Annual administration report of the Civil Veterinary Department of India - 1907-1908
Year: 1907
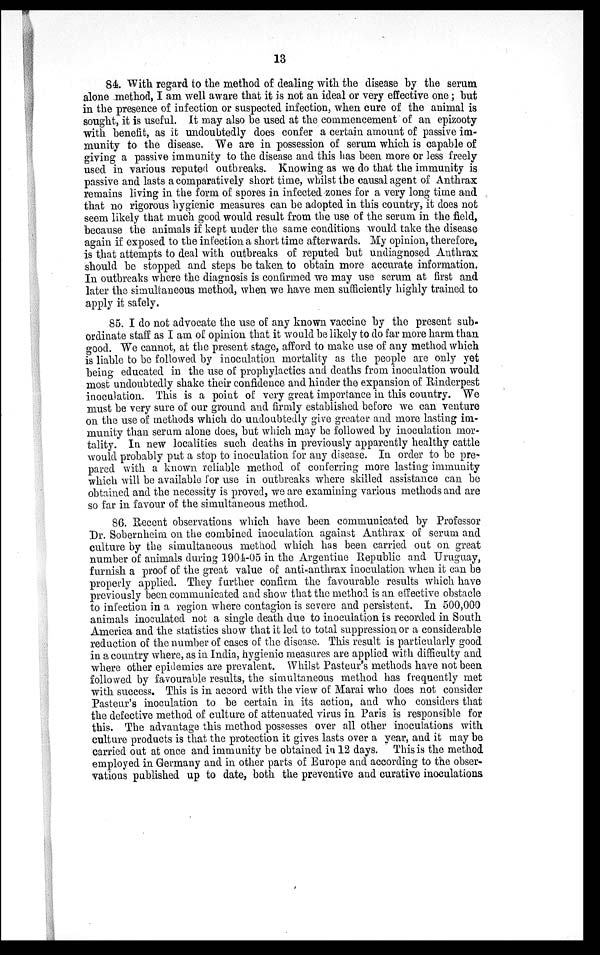
13
84. With regard to the method of dealing with the disease by the serum
alone method, I am well aware that it is not an ideal or very effective one; but
in the presence of infection or suspected infection, when cure of the animal is
sought, it is useful. It may also be used at the commencement of an epizooty
with benefit, as it undoubtedly does confer a certain amount of passive im-
munity to the disease. We are in possession of serum which is capable of
giving a passive immunity to the disease and this has been more or less freely
used in various reputed outbreaks. Knowing as we do that the immunity is
passive and lasts a comparatively short time, whilst the causal agent of Anthrax
remains living in the form of spores in infected zones for a very long time and
that no rigorous hygienic measures can be adopted in this country, it does not
seem likely that much good would result from the use of the serum in the field,
because the animals if kept under the same conditions would take the disease
again if exposed to the infection a short time afterwards. My opinion, therefore,
is that attempts to deal with outbreaks of reputed but undiagnosed Anthrax
should be stopped and steps be taken to obtain more accurate information.
In outbreaks where the diagnosis is confirmed we may use serum at first and
later the simultaneous method, when we have men sufficiently highly trained to
apply it safely.
85. I do not advocate the use of any known vaccine by the present sub-
ordinate staff as I am of opinion that it would be likely to do far more harm than
good. We cannot, at the present stage, afford to make use of any method which
is liable to be followed by inoculation mortality as the people are only yet
being educated in the use of prophylactics and deaths from inoculation would
most undoubtedly shake their confidence and hinder the expansion of Rinderpest
inoculation. This is a point of very great importance in this country. We
must be very sure of our ground and firmly established before we can venture
on the use of methods which do undoubtedly give greater and more lasting im-
munity than serum alone does, but which may be followed by inoculation mor-
tality. In new localities such deaths in previously apparently healthy cattle
would probably put a stop to inoculation for any disease. In order to be pre-
pared with a known reliable method of conferring more lasting immunity
which will be available for use in outbreaks where skilled assistance can be
obtained and the necessity is proved, we are examining various methods and are
so far in favour of the simultaneous method.
86. Recent observations which have been communicated by Professor
Dr. Sobernheim on the combined inoculation against Anthrax of serum and
culture by the simultaneous method which has been carried out on great
number of animals during 1904-05 in the Argentine Republic and Uruguay,
furnish a proof of the great value of anti-anthrax inoculation when it can be
properly applied. They further confirm the favourable results which have
previously been communicated and show that the method is an effective obstacle
to infection in a region where contagion is severe and persistent. In 500,000
animals inoculated not a single death due to inoculation is recorded in South
America and the statistics show that it led to total suppression or a considerable
reduction of the number of cases of the disease. This result is particularly good
in a country where, as in India, hygienic measures are applied with difficulty and
where other epidemics are prevalent. Whilst Pasteur's methods have not been
followed by favourable results, the simultaneous method has frequently met
with success. This is in accord with the view of Marai who does not consider
Pasteur's inoculation to be certain in its action, and who considers that
the defective method of culture of attenuated virus in Paris is responsible for
this. The advantage this method possesses over all other inoculations with
culture products is that the protection it gives lasts over a year, and it may be
carried out at once and immunity be obtained in 12 days. This is the method
employed in Germany and in other parts of Europe and according to the obser-
vations published up to date, both the preventive and curative inoculations.